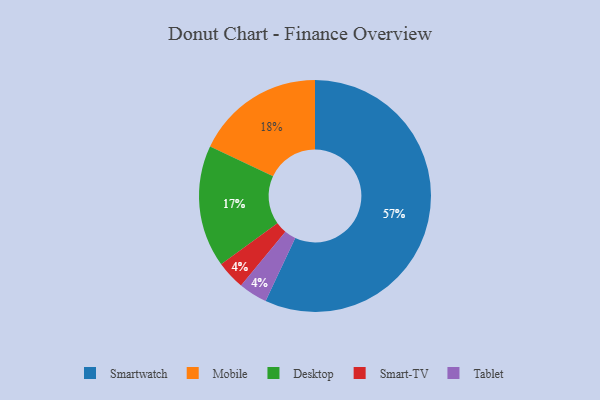
{"axis": {"x": "Category", "y": "Percentage"}, "legend": ["Desktop", "Mobile", "Smart-TV", "Smartwatch", "Tablet"], "data": [{"x": "Smartwatch", "y": 57, "type": "Smartwatch"}, {"x": "Smart-TV", "y": 4, "type": "Smart-TV"}, {"x": "Mobile", "y": 18, "type": "Mobile"}, {"x": "Desktop", "y": 17, "type": "Desktop"}, {"x": "Tablet", "y": 4, "type": "Tablet"}]}